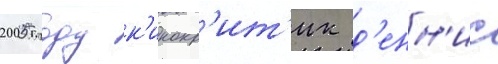
2005 году к'инокр'ит'ик д'енн'ис